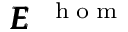
\pmb { { \cal E } } ^ { \mathrm { ~ \tiny ~ { ~ h ~ o ~ m ~ } ~ } }